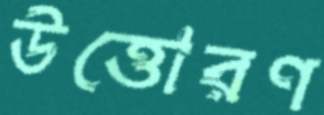
উত্তোরণ